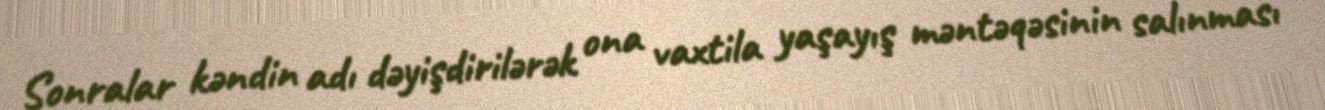
Sonralar kəndin adı dəyişdirilərək ona vaxtila yaşayış məntəqəsinin salınması